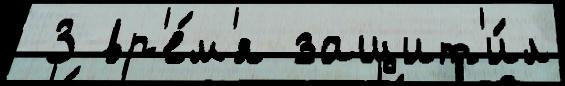
 3 вр'е́м'я защит'и́л